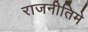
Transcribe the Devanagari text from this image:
राजनीतिमे